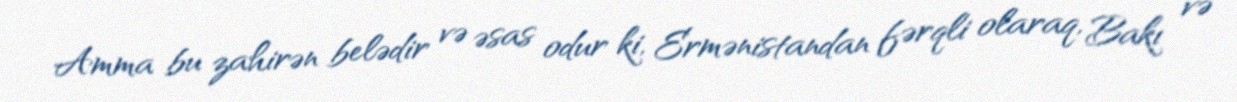
Amma bu zahirən belədir və əsas odur ki, Ermənistandan fərqli olaraq, Bakı və